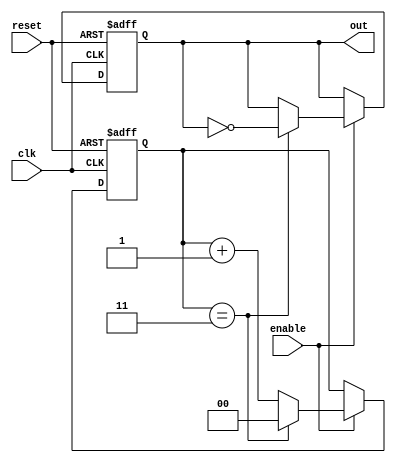
module divide_by_n_counter #(
    parameter N = 4 // Parameter to define the dividing factor
)(
    input wire clk,      // Clock input
    input wire reset,    // Asynchronous reset input
    input wire enable,   // Enable input to control counting
    output reg out       // Output signal that toggles after N counts
);

    // State variable to hold the counter value
    reg [$clog2(N)-1:0] count; // Counter size based on N

    // Always block for synchronous logic
    always @(posedge clk or posedge reset) begin
        if (reset) begin
            count <= 0; // Reset counter to zero
            out <= 0;   // Reset output to zero
        end else if (enable) begin
            if (count == N-1) begin
                count <= 0; // Reset counter when it reaches N
                out <= ~out; // Toggle output
            end else begin
                count <= count + 1; // Increment counter
            end
        end
    end

endmodule